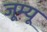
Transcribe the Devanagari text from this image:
जूम्यू